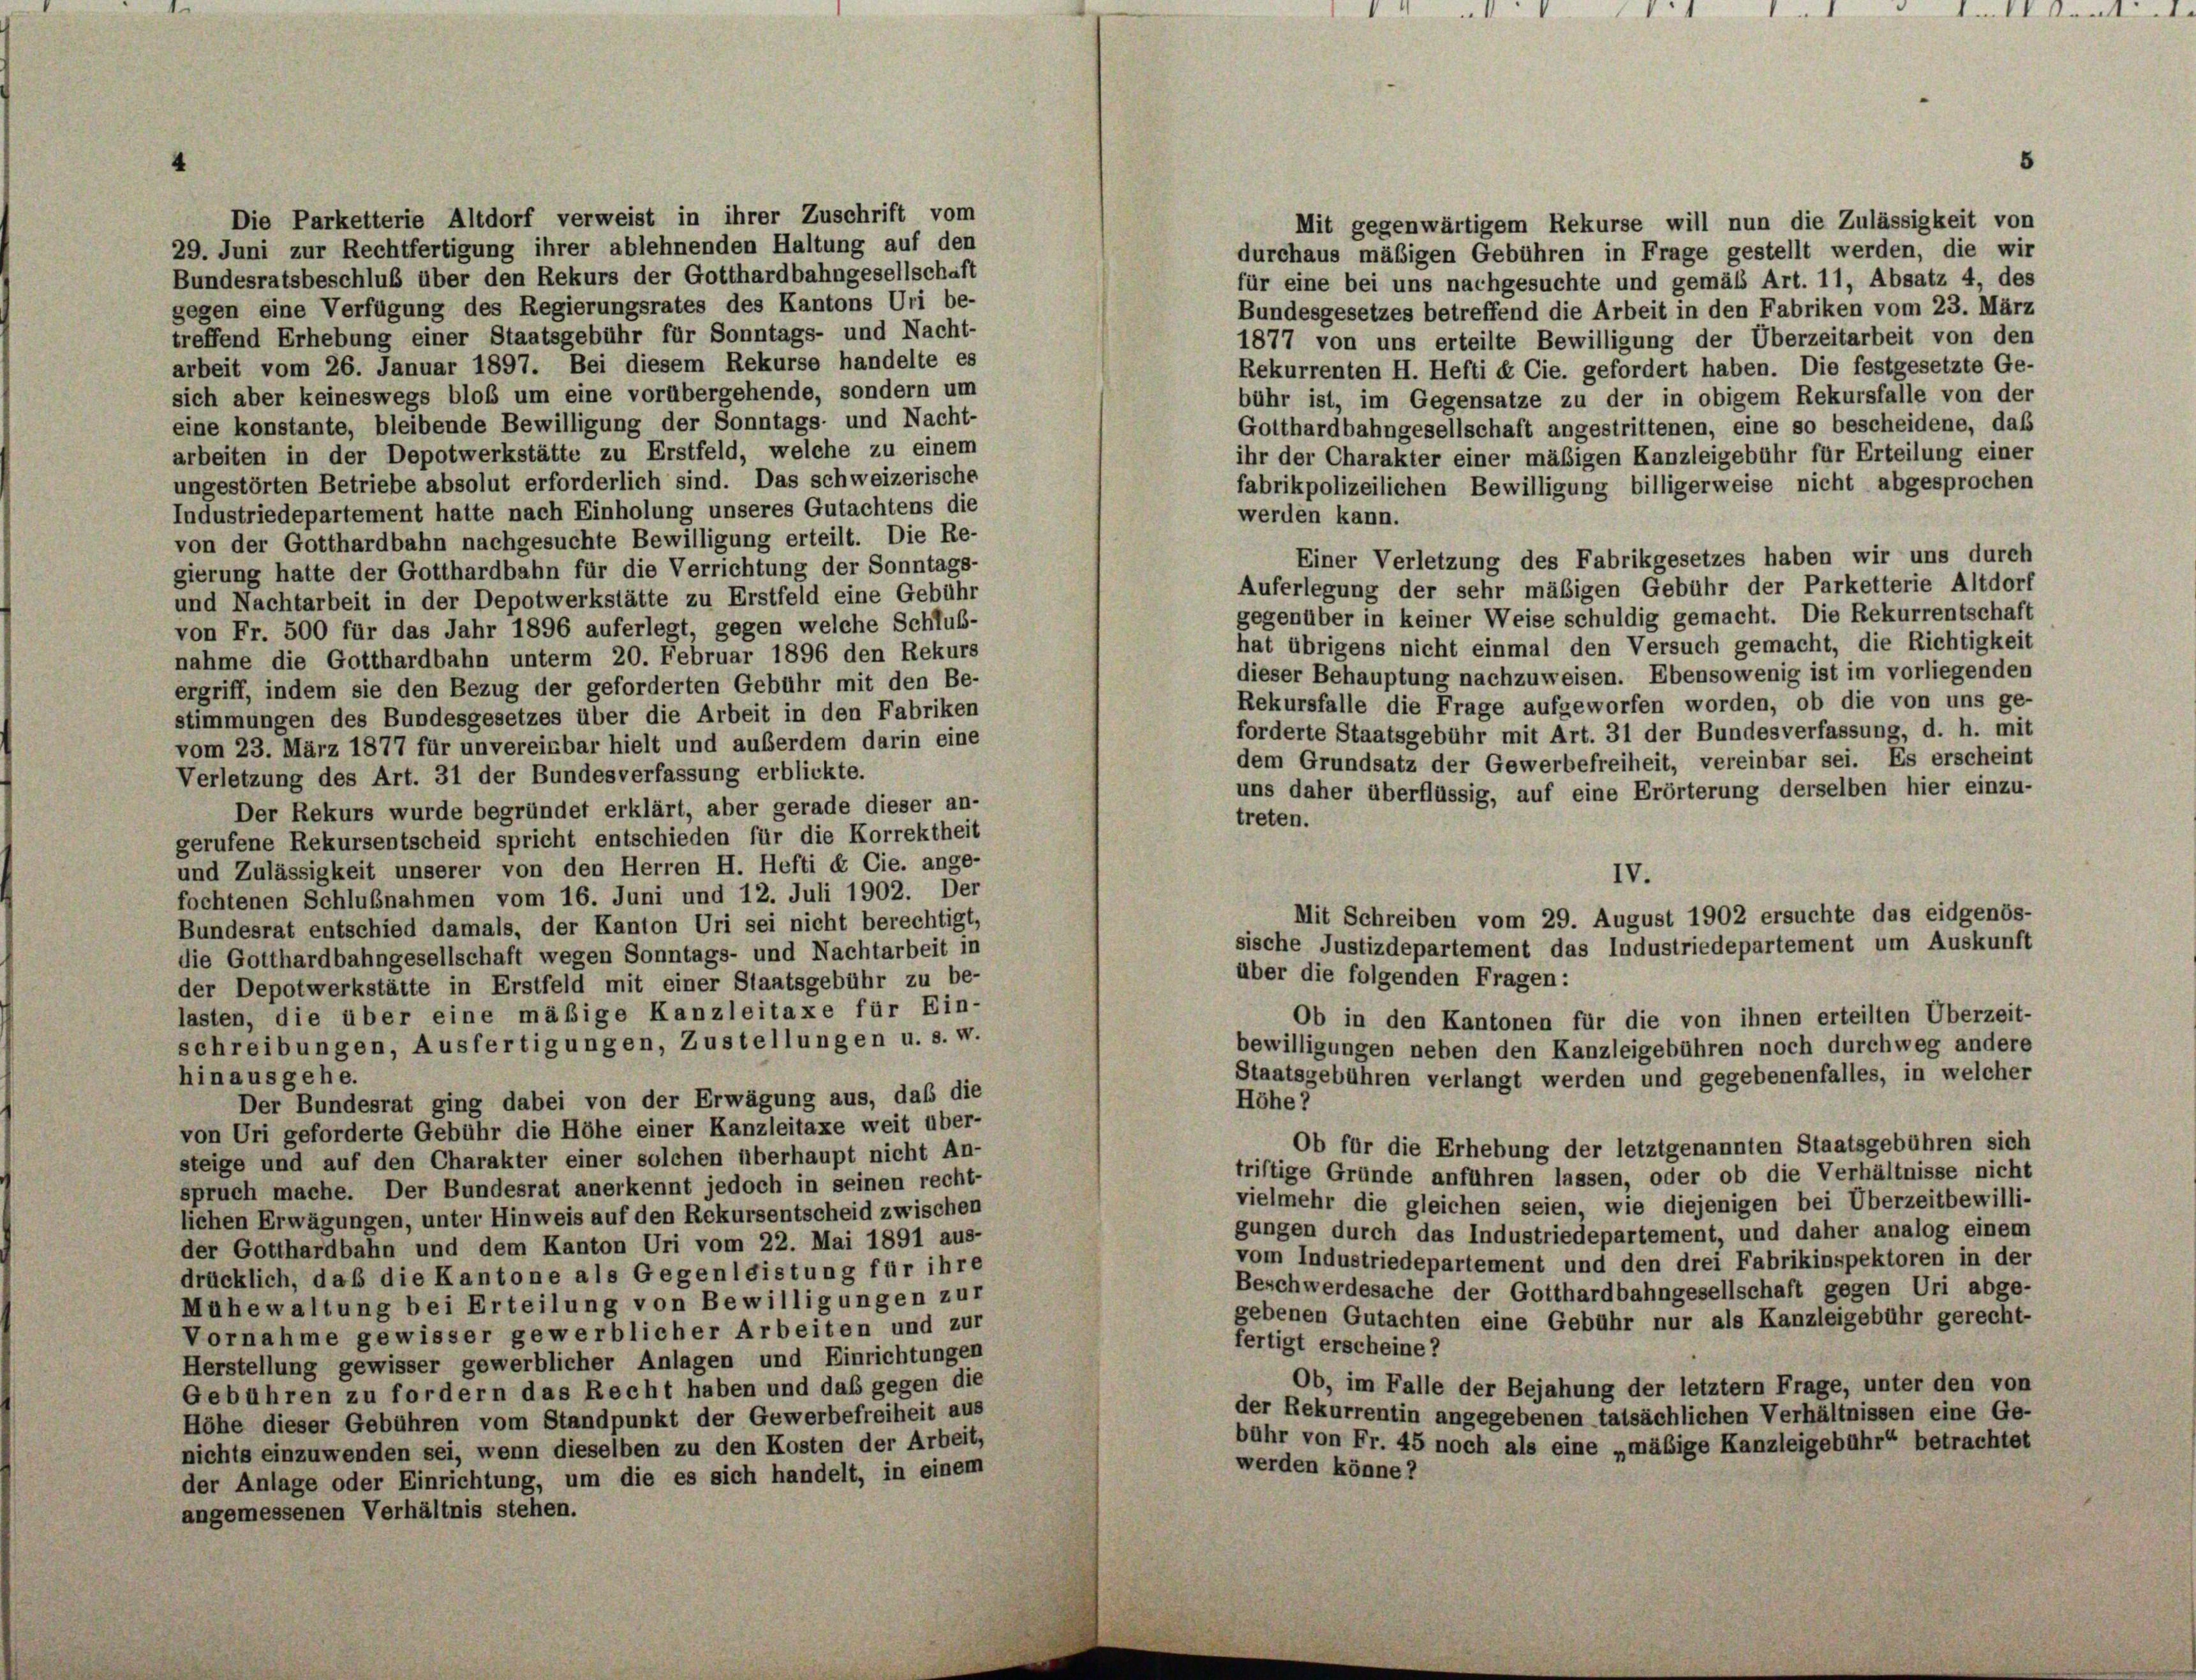
Die Parketterie Altdorf verweist in ihrer Zuschrift vom
Mit gegenwärtigem Rekurse will nun die Zulässigkeit von
29. Juni zur Rechtfertigung ihrer ablehnenden Haltung auf den
durchaus mäßigen Gebühren in Frage gestellt werden, die wir
Bundesratsbeschluß über den Rekurs der Gotthardbahngesellschaft
für eine bei uns nachgesuchte und gemäß Art. 11, Absatz 4, des
gegen eine Verfügung des Regierungsrates des Kantons Uri be-
Bundesgesetzes betreffend die Arbeit in den Fabriken vom 23. März
treffend Erhebung einer Staatsgebühr für Sonntags- und Nacht-
1877 von uns erteilte Bewilligung der Überzeitarbeit von den
arbeit vom 26. Januar 1897. Bei diesem Rekurse handelte es
Rekurrenten H. Hefti & Cie. gefordert haben. Die festgesetzte Ge-
sich aber keineswegs bloß um eine vorübergehende, sondern um
bühr ist, im Gegensatze zu der in obigem Rekursfalle von der
eine konstante, bleibende Bewilligung der Sonntags- und Nacht-
Gotthardbahngesellschaft angestrittenen, eine so bescheidene, daß
arbeiten in der Depotwerkstätte zu Erstfeld, welche zu einem
ihr der Charakter einer mäßigen Kanzleigebühr für Erteilung einer
ungestörten Betriebe absolut erforderlich sind. Das schweizerische
fabrikpolizeilichen Bewilligung billigerweise nicht abgesprochen
Industriedepartement hatte nach Einholung unseres Gutachtens die
werden kann.
von der Gotthardbahn nachgesuchte Bewilligung erteilt. Die Re-
Einer Verletzung des Fabrikgesetzes haben wir uns durch
gierung hatte der Gotthardbahn für die Verrichtung der Sonntags-
Auferlegung der sehr mäßigen Gebühr der Parketterie Altdorf
und Nachtarbeit in der Depotwerkstätte zu Erstfeld eine Gebühr
gegenüber in keiner Weise schuldig gemacht. Die Rekurrentschaft
von Fr. 500 für das Jahr 1896 auferlegt, gegen welche Schluß-
hat übrigens nicht einmal den Versuch gemacht, die Richtigkeit
nahme die Gotthardbahn unterm 20. Februar 1896 den Rekurs
dieser Behauptung nachzuweisen. Ebensowenig ist im vorliegenden
ergriff, indem sie den Bezug der geforderten Gebühr mit den Be-
Rekursfalle die Frage aufgeworfen worden, ob die von uns ge-
stimmungen des Bundesgesetzes über die Arbeit in den Fabriken
forderte Staatsgebühr mit Art. 31 der Bundesverfassung, d. h. mit
vom 23. März 1877 für unvereinbar hielt und außerdem darin eine
dem Grundsatz der Gewerbefreiheit, vereinbar sei. Es erscheint
Verletzung des Art. 31 der Bundesverfassung erblickte.
uns daher überflüssig, auf eine Erörterung derselben hier einzu-
Der Rekurs wurde begründet erklärt, aber gerade dieser an-
treten.
gerufene Rekursentscheid spricht entschieden für die Korrektheit
und Zulässigkeit unserer von den Herren H. Hefti & Cie. ange-
IV.
fochtenen Schlußnahmen vom 16. Juni und 12. Juli 1902. Der
Mit Schreiben vom 29. August 1902 ersuchte das eidgenös-
Bundesrat entschied damals, der Kanton Uri sei nicht berechtigt,
sische Justizdepartement das Industriedepartement um Auskunft
die Gotthardbahngesellschaft wegen Sonntags- und Nachtarbeit in
über die folgenden Fragen:
der Depotwerkstätte in Erstfeld mit einer Staatsgebühr zu be-
lasten, die über eine mäßige Kanzleitaxe für Ein-
Ob in den Kantonen für die von ihnen erteilten Überzeit-
schreibungen, Ausfertigungen, Zustellungen u. s. w.
bewilligungen neben den Kanzleigebühren noch durchweg andere
Staatsgebühren verlangt werden und gegebenenfalles, in welcher
hin ausgehe.
Der Bundesrat ging dabei von der Erwägung aus, daß die
Höhe ?
von Uri geforderte Gebühr die Höhe einer Kanzleitaxe weit über-
Ob für die Erhebung der letztgenannten Staatsgebühren sich
steige und auf den Charakter einer solchen überhaupt nicht An-
triftige Gründe anführen lassen, oder ob die Verhältnisse nicht
spruch mache. Der Bundesrat anerkennt jedoch in seinen recht-
vielmehr die gleichen seien, wie diejenigen bei Überzeitbewilli-
lichen Erwägungen, unter Hinweis auf den Rekursentscheid zwischen
gungen durch das Industriedepartement, und daher analog einem
der Gotthardbahn und dem Kanton Uri vom 22. Mai 1891 aus-
vom Industriedepartement und den drei Fabrikinspektoren in der
drücklich, daß die Kantone als Gegenleistung für ihre
Beschwerdesache der Gotthardbahngesellschaft gegen Uri abge-
Mühewaltung bei Erteilung von Bewilligungen zur
gebenen Gutachten eine Gebühr nur als Kanzleigebühr gerecht-
Vornahme gewisser gewerblicher Arbeiten und zur
fertigt erscheine?
Herstellung gewisser gewerblicher Anlagen und Einrichtungen
Ob, im Falle der Bejahung der letztem Frage, unter den von
Gebühren zu fordern das Recht haben und daß gegen die
der Rekurrentin angegebenen tatsächlichen Verhältnissen eine Ge-
Höhe dieser Gebühren vom Standpunkt der Gewerbefreiheit aus
bühr von Fr. 45 noch als eine „mäßige Kanzleigebühr“ betrachtet
nichts einzuwenden sei, wenn dieselben zu den Kosten der Arbeit,
werden könne?
der Anlage oder Einrichtung, um die es sich handelt, in einem
angemessenen Verhältnis stehen.